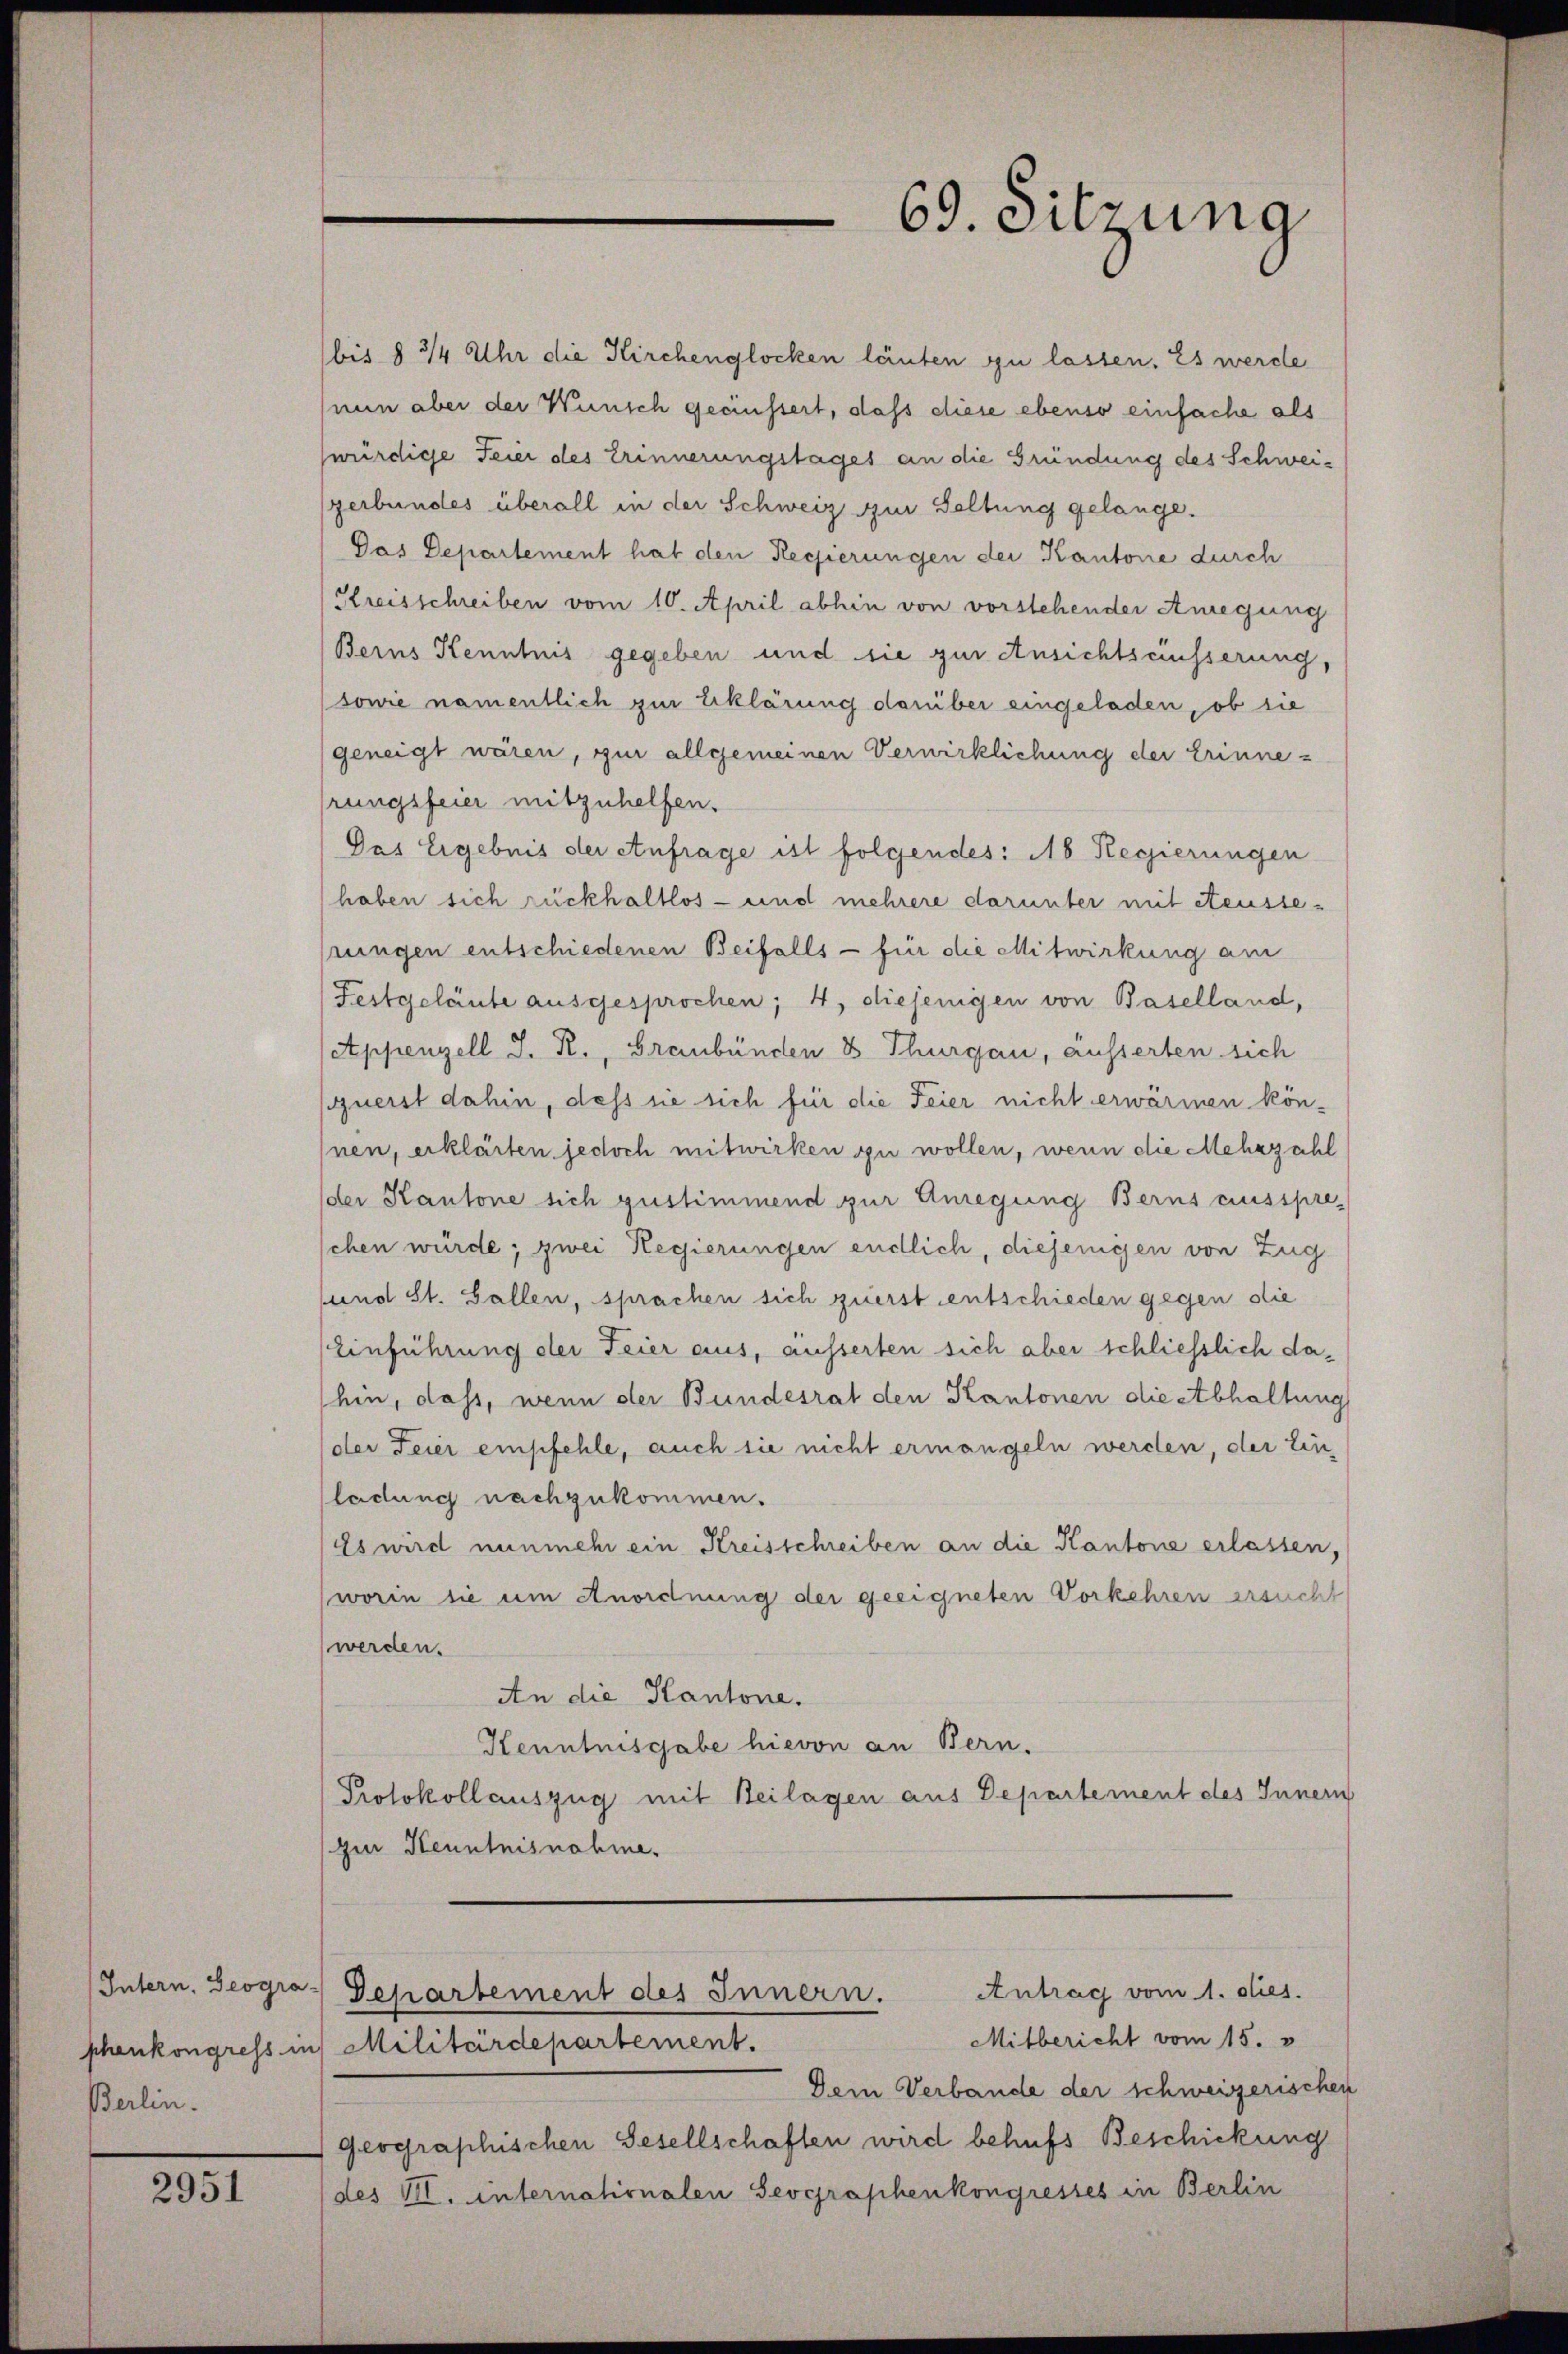
Intern, Geogra
phenkongress u
Berlin.

2951

69. Sitzung

bis § 3/4 Uhr die Kirchenglocken läuten zu lassen. Es werde
nun aber der Wunsch geäussert, dass diese ebenso einfache als
würdige Feier des Erinnerungstages an die Gründung des Schweigerbundes überall in der Schweiz zur Geltung gelange.
Das Departement hat den Regierungen der Kantone durch
Kreisschreiben vom 10. April abhin von vorstehender Anregung
Berns Kenntnis gegeben und sie zur Ansichtsäusserung,
(sowie namentlich zur Erklärung darüber eingeladen, ob sie
geneigt wären, zur allgemeinen Verwirklichung der Erinnerungsfeier mitzuhelfen.
Das Ergebnis der Anfrage ist folgendes: 18 Regierungen
haben sich rückhaltlos - und mehrere darunter mit Reusse-
rungen entschiedenen Beifalls - für die Mitwirkung am
Festgeläute ausgesprochen, 4, diejenigen von Baselland,
(Appenzell I. R., Graubünden 8 Thurgau, äusserten sich
uerst dahin, dass sie sich für die Feier nicht erwärmen können, erklärten jedoch mitwirken zu wollen, wenn die Mehrzahl
(der Kantone sich gustimmend zur Anregung Berns ausspreschen würde; zwei Regierungen endlich, diejenigen von Zug
sund St. Gallen, sprachen sich zuerst entschieden gegen die
Einführung der Feier aus, äusserten sich aber schliesslich dahin, dass, wenn der Bundesrat den Kantonen die Abhaltung
der Feier empfehle, auch sie nicht ermangeln werden, der Ein
ladung nachzukommen.
Es wird nunmehr ein Kreisschreiben an die Kantone erlassen,
(worin sie um Anordnung der geeigneten Vorkehren ersucht
werden.
An die Kantone.
Kenntnisgabe hievon an Bern.
Protokollauszug mit Beilagen aus Departement des Inner
(zur Kenntnisnahme.

) Militärdepartement.
Dem Verbande der schweizerischen
geographischen Gesellschaften wird behufs Beschickung
des VII. Internationalen Geographenkongresses in Berlin

Antrag vom 1. dies.
 Separtement des Innern.
Mitbericht vom 15. v